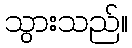
သွားသည်။